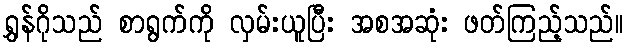
ရွှန်ဂိုသည် စာရွက်ကို လှမ်းယူပြီး အစအဆုံး ဖတ်ကြည့်သည်။